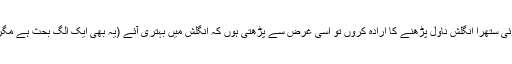
میں ذاتی طور پر اگر کبھی کوئی ستھرا انگلش ناول پڑھنے کا ارادہ کروں تو اسی غرض سے پڑھتی ہوں کہ انگلش میں بہتری آئے (یہ بھی ایک الگ بحث ہے مگر میں اس فائدے کی قائل ہوں)۔